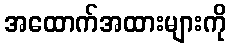
အထောက်အထားများကို